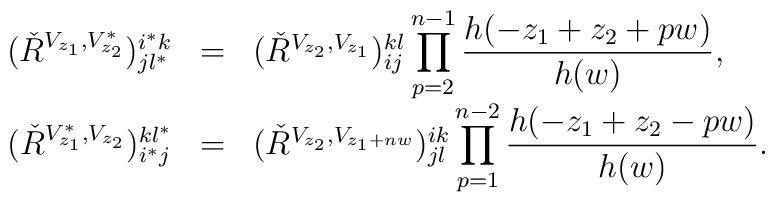
\begin{array}{rcl}(\check{R}^{V_{z_1 }, V^{*}_{z_{2}}})^{i^* k}_{jl^* } & = &(\check{R}^{V_{z_2 }, V_{z_1 }})^{kl}_{ij}\displaystyle\prod_{p=2}^{n-1} \frac{h(-z_1 +z_2 +pw)}{h(w)}, \\(\check{R}^{V^{*}_{z_1 }, V_{z_{2}}})_{i^* j}^{kl^* } & = &(\check{R}^{V_{z_2 }, V_{z_1 +nw}})_{jl}^{ik}\displaystyle\prod_{p=1}^{n-2} \frac{h(-z_1 +z_2 -pw)}{h(w)}.\end{array}